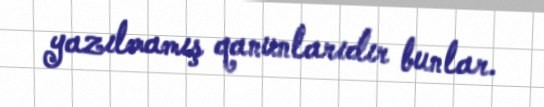
yazılmamış qanunlarıdır bunlar.